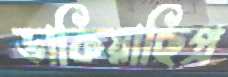
ডাকিয়াছিপ্র